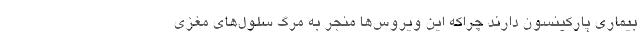
بیماری پارکینسون دارند چراکه این ویروس‌ها منجر به مرگ سلول‌های مغزی